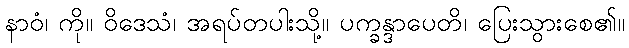
နာဝံ၊ ကို။ ဝိဒေသံ၊ အရပ်တပါးသို့။ ပက္ခန္ဒာပေတိ၊ ပြေးသွားစေ၏။